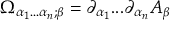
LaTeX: \Omega _ { \alpha _ { 1 } . . . \alpha _ { n } ; \beta } = \partial _ { \alpha _ { 1 } } . . . \partial _ { \alpha _ { n } } A _ { \beta }